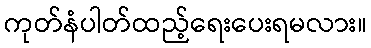
ကုတ်နံပါတ်ထည့်ရေးပေးရမလား။